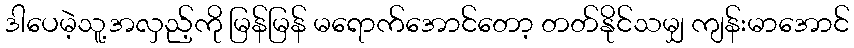
ဒါပေမဲ့သူ့အလှည့်ကို မြန်မြန် မရောက်အောင်တော့ တတ်နိုင်သမျှ ကျန်းမာအောင်